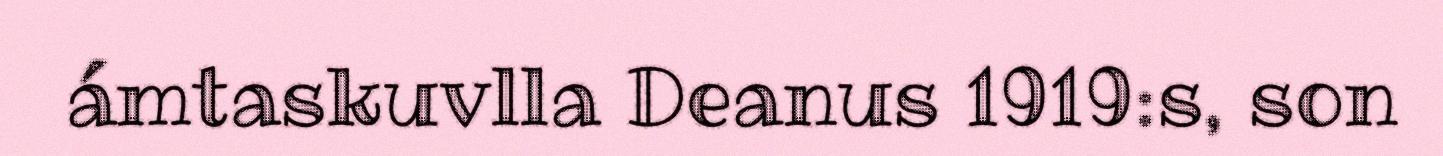
ámtaskuvlla Deanus 1919:s, son